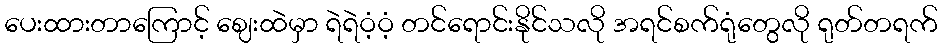
ပေးထားတာကြောင့် ဈေးထဲမှာ ရဲရဲဝံ့ဝံ့ တင်ရောင်းနိုင်သလို အရင်စက်ရုံတွေလို ရုတ်တရက်